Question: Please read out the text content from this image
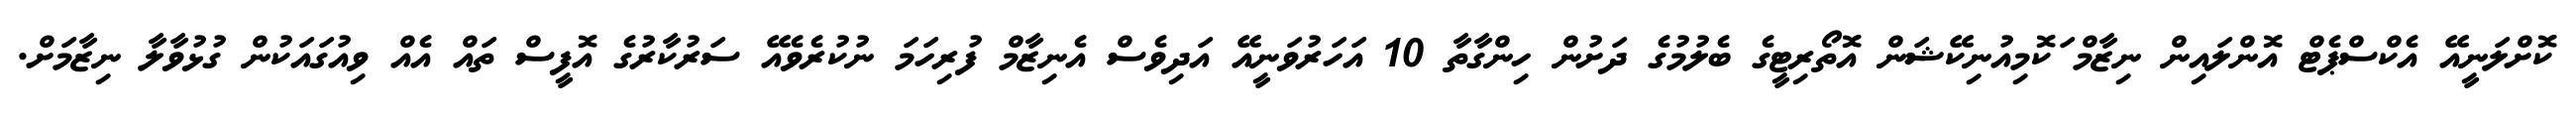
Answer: ކޮށްލަނީއޭ އެކްސްޕެޓް އޮންލައިން ނިޒާމް ަކޮމިއުނިކޭޝަން އޮތޯރިޓީގެ ބެލުމުގެ ދަށުން ހިންގާތާ 10 އަހަރުވަނީއޭ އަދިވެސް އެނިޒާމް ފުރިހަމަ ނުކުރެވެއޭ ސަރުކާރުގެ އޮފީސް ތައް އެއް ވިއުގައަކުން ގުޅުވާލާ ނިޒާމަށް.